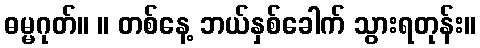
ဓမ္မဂုတ်။ ။ တစ်နေ့ ဘယ်နှစ်ခေါက် သွားရတုန်း။